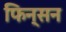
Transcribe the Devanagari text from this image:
फिन्सन